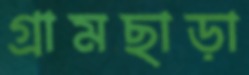
গ্রামছাড়া